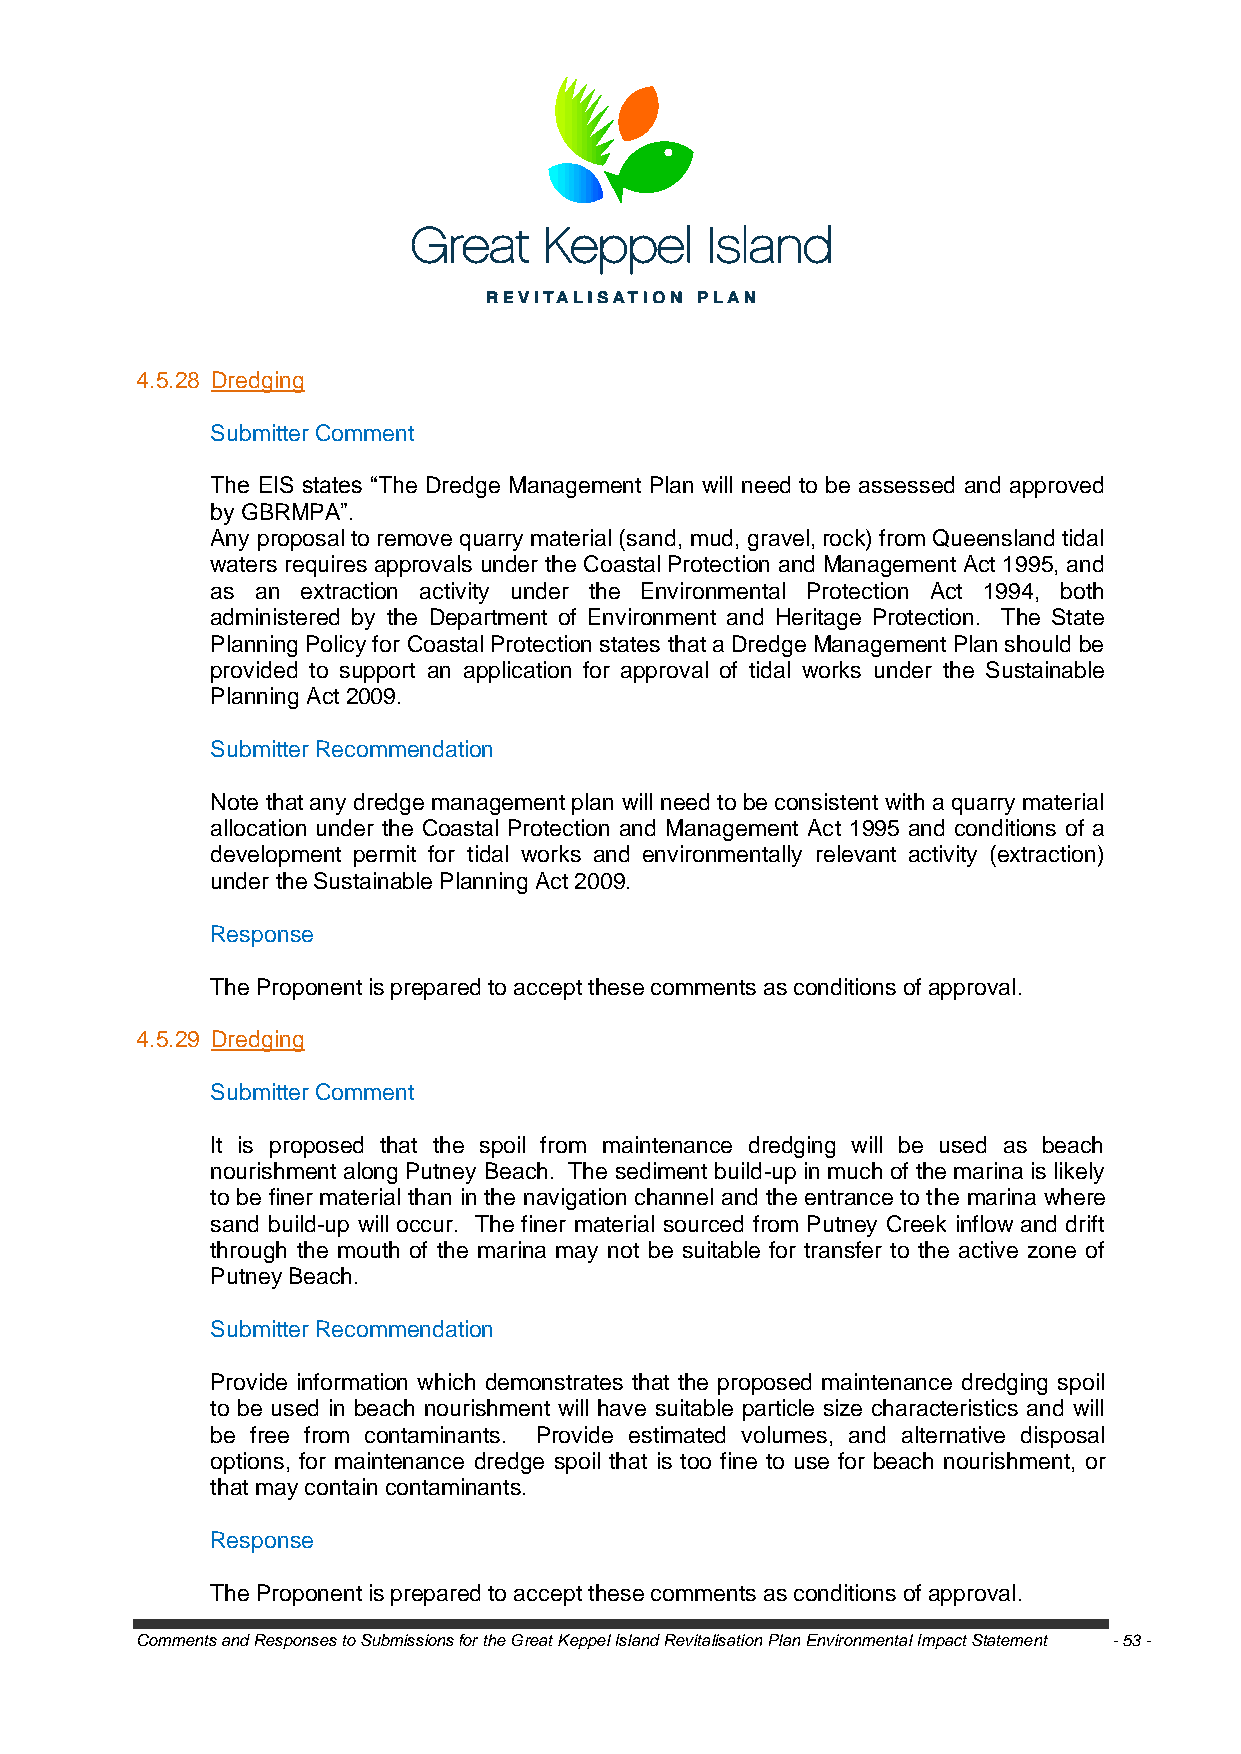
4.5.28 Dredging
 Submitter Comment
 The EIS states ―The Dredge Management Plan will need to be assessed and approved
 by GBRMPA‖.
 Any proposal to remove quarry material (sand, mud, gravel, rock) from Queensland tidal
 waters requires approvals under the Coastal Protection and Management Act 1995, and
 as an extraction activity under the Environmental Protection Act 1994, both
 administered by the Department of Environment and Heritage Protection. The State
 Planning Policy for Coastal Protection states that a Dredge Management Plan should be
 provided to support an application for approval of tidal works under the Sustainable
 Planning Act 2009.
 Submitter Recommendation
 Note that any dredge management plan will need to be consistent with a quarry material
 allocation under the Coastal Protection and Management Act 1995 and conditions of a
 development permit for tidal works and environmentally relevant activity (extraction)
 under the Sustainable Planning Act 2009.
 Response
 The Proponent is prepared to accept these comments as conditions of approval.
 4.5.29 Dredging
 Submitter Comment
 It is proposed that the spoil from maintenance dredging will be used as beach
 nourishment along Putney Beach. The sediment build-up in much of the marina is likely
 to be finer material than in the navigation channel and the entrance to the marina where
 sand build-up will occur. The finer material sourced from Putney Creek inflow and drift
 through the mouth of the marina may not be suitable for transfer to the active zone of
 Putney Beach.
 Submitter Recommendation
 Provide information which demonstrates that the proposed maintenance dredging spoil
 to be used in beach nourishment will have suitable particle size characteristics and will
 be free from contaminants. Provide estimated volumes, and alternative disposal
 options, for maintenance dredge spoil that is too fine to use for beach nourishment, or
 that may contain contaminants.
 Response
 The Proponent is prepared to accept these comments as conditions of approval.
 Comments and Responses to Submissions for the Great Keppel Island Revitalisation Plan Environmental Impact Statement - 53 -